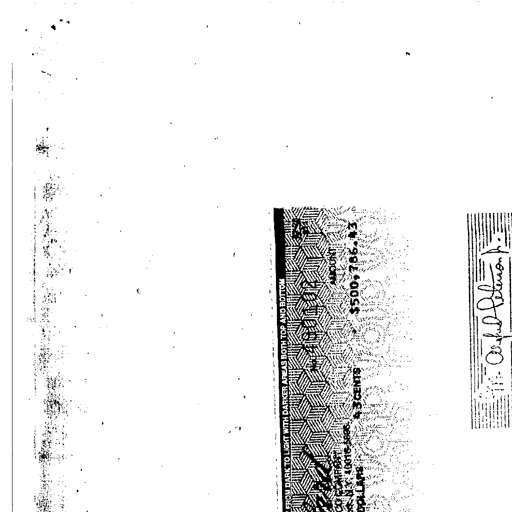
FROM DARK TO LIGHT WITH DARKER AREAS BOTH TOP AND BOTTOM
AMOUNT
$500,786.43
43 CENTS
A. Peterson Jr.